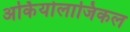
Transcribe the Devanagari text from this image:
अर्कियोलाजिकल